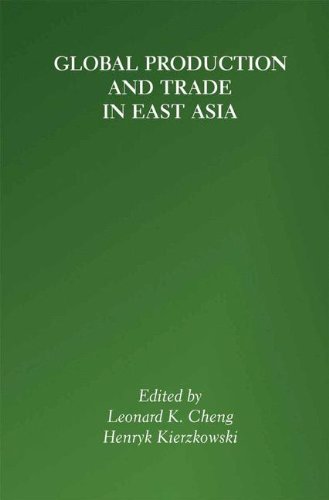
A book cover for Global Production and Trade in East Asia; Law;